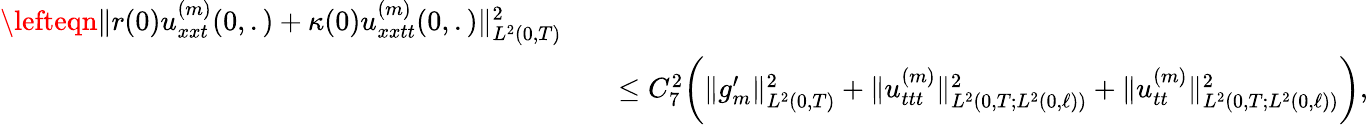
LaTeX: \begin{array}{rlr}{\lefteqn{\Vert r(0)u_{xxt}^{(m)}(0,.)+\kappa(0)u_{xxtt}^{(m)}(0,.)\Vert_{L^{2}(0,T)}^{2}}}\\ &{}&{\leq C_{7}^{2}\bigg(\Vert g_{m}^{\prime}\Vert_{L^{2}(0,T)}^{2}+\Vert u_{ttt}^{(m)}\Vert_{L^{2}(0,T;L^{2}(0,\ell))}^{2}+\Vert u_{tt}^{(m)}\Vert_{L^{2}(0,T;L^{2}(0,\ell))}^{2}\bigg),}\end{array}